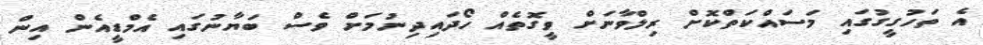
އެ ތަހުގީގުގައި މަސައްކަތްކޮށް ރިލްވާނަށް ވީގޮތެއް ހޯދައިދިނުމަށް ވެސް ބަޔާނުގައި އެމްޑީއެން އިން